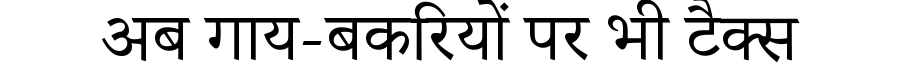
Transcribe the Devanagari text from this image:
अब गाय-बकरियों पर भी टैक्स